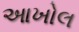
આખોલ